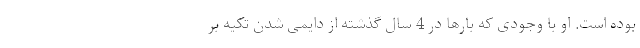
بوده است. او با وجودی که بارها در 4 سال گذشته از دایمی شدن تکیه بر